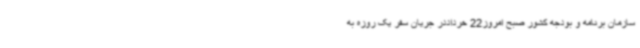
سازمان برنامه و بودجه کشور صبح امروز22 خرداددر جریان سفر یک روزه به